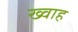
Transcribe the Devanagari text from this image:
ख्वाह